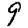
Digit: 9